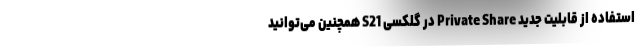
استفاده از قابلیت جدید Private Share در گلکسی S21 همچنین می‌توانید